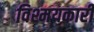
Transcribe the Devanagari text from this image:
विश्मयकारी